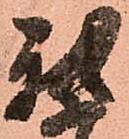
我